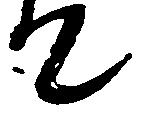
て